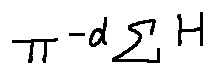
\pi ^ { - d \sum H }